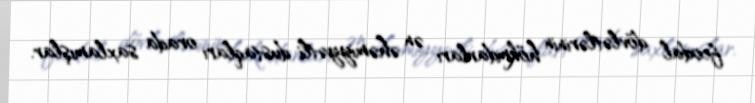
feodal dövlətlərinin hökmdarları ən əhəmiyyətli dustaqları orada saxlamışlar.